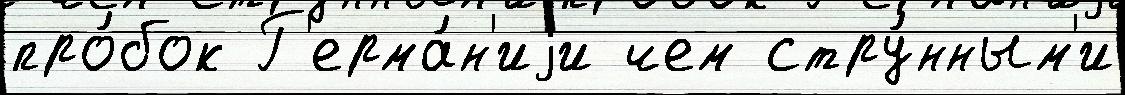
про́бок Г'ерма́н'иjи чем стру́нным'и